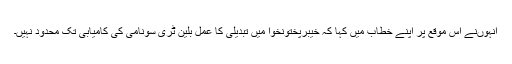
انہوںنے اس موقع پر اپنے خطاب میں کہا کہ خیبرپختونخوا میں تبدیلی کا عمل بلین ٹری سونامی کی کامیابی تک محدود نہیں۔